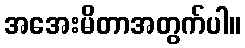
အအေးမိတာအတွက်ပါ။